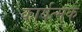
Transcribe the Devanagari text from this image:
कार्यत्मक